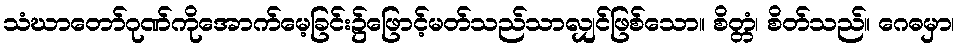
သံဃာတော်ဂုဏ်ကိုအောက်မေ့ခြင်း၌ဖြောင့်မတ်သည်သာလျှင်ဖြစ်သော။ စိတ္တံ၊ စိတ်သည်။ ဂေဓမှာ၊